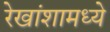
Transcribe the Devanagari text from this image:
रेखांशामध्ये